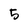
Character: 5